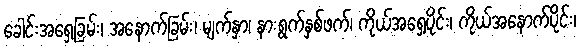
ခေါင်းအရှေ့ခြမ်း၊ အနောက်ခြမ်း၊ မျက်နှာ၊ နားရွက်နှစ်ဖက်၊ ကိုယ်အရှေ့ပိုင်း၊ ကိုယ်အနောက်ပိုင်း၊